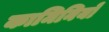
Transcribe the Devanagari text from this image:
कामिनियों